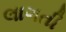
લાગતી